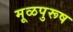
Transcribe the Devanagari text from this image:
मूळपुरूष